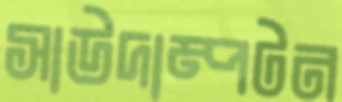
সাউদাম্পটন